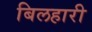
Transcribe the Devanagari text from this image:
बिलहारी